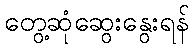
တွေ့ဆုံဆွေးနွေးရန်